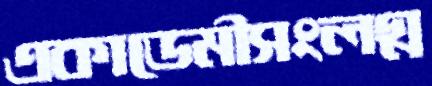
একাডেমীসংলগ্ন